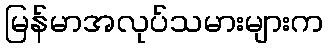
မြန်မာအလုပ်သမားများက